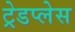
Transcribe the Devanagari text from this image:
ट्रेडप्लेस